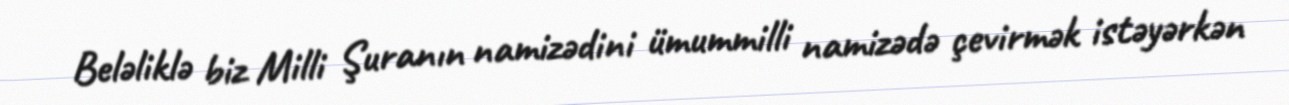
Beləliklə biz Milli Şuranın namizədini ümummilli namizədə çevirmək istəyərkən